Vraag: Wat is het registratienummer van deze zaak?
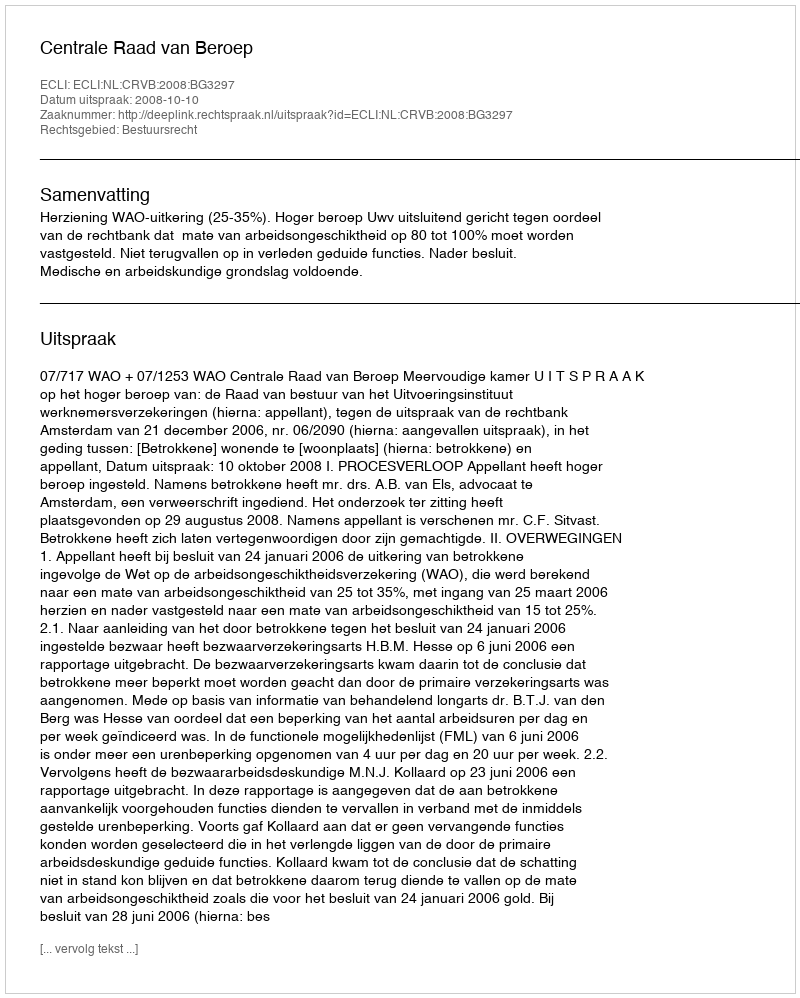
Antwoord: http://deeplink.rechtspraak.nl/uitspraak?id=ECLI:NL:CRVB:2008:BG3297